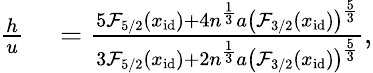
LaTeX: \begin{array}{rl}{\frac{h}{u}}&{{}=\frac{5\mathcal{F}_{5/2}(x_{\mathrm{id}})+4n^{\frac{1}{3}}a\left(\mathcal{F}_{3/2}(x_{\mathrm{id}})\right)^{\frac{5}{3}}}{3\mathcal{F}_{5/2}(x_{\mathrm{id}})+2n^{\frac{1}{3}}a\left(\mathcal{F}_{3/2}(x_{\mathrm{id}})\right)^{\frac{5}{3}}},}\end{array}